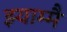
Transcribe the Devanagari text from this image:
झ्याम्मै